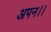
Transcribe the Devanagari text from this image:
अपन।।